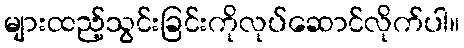
များထည့်သွင်းခြင်းကိုလုပ်ဆောင်လိုက်ပါ။